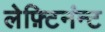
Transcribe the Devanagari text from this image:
लेफ़्टिनंन्ट